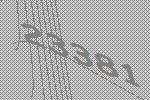
23381